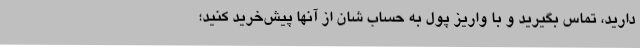
دارید، تماس بگیرید و با واریز پول به حساب شان از آنها پیش‌خرید کنید؛